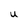
Character: U